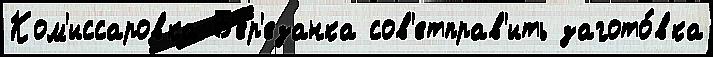
Ком'иссаровка Б'ер'езанка сов'етправ'ить загото́вка